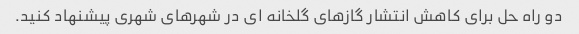
دو راه حل برای کاهش انتشار گازهای گلخانه ای در شهرهای شهری پیشنهاد کنید.